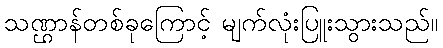
သဏ္ဌာန်တစ်ခုကြောင့် မျက်လုံးပြူးသွားသည်။